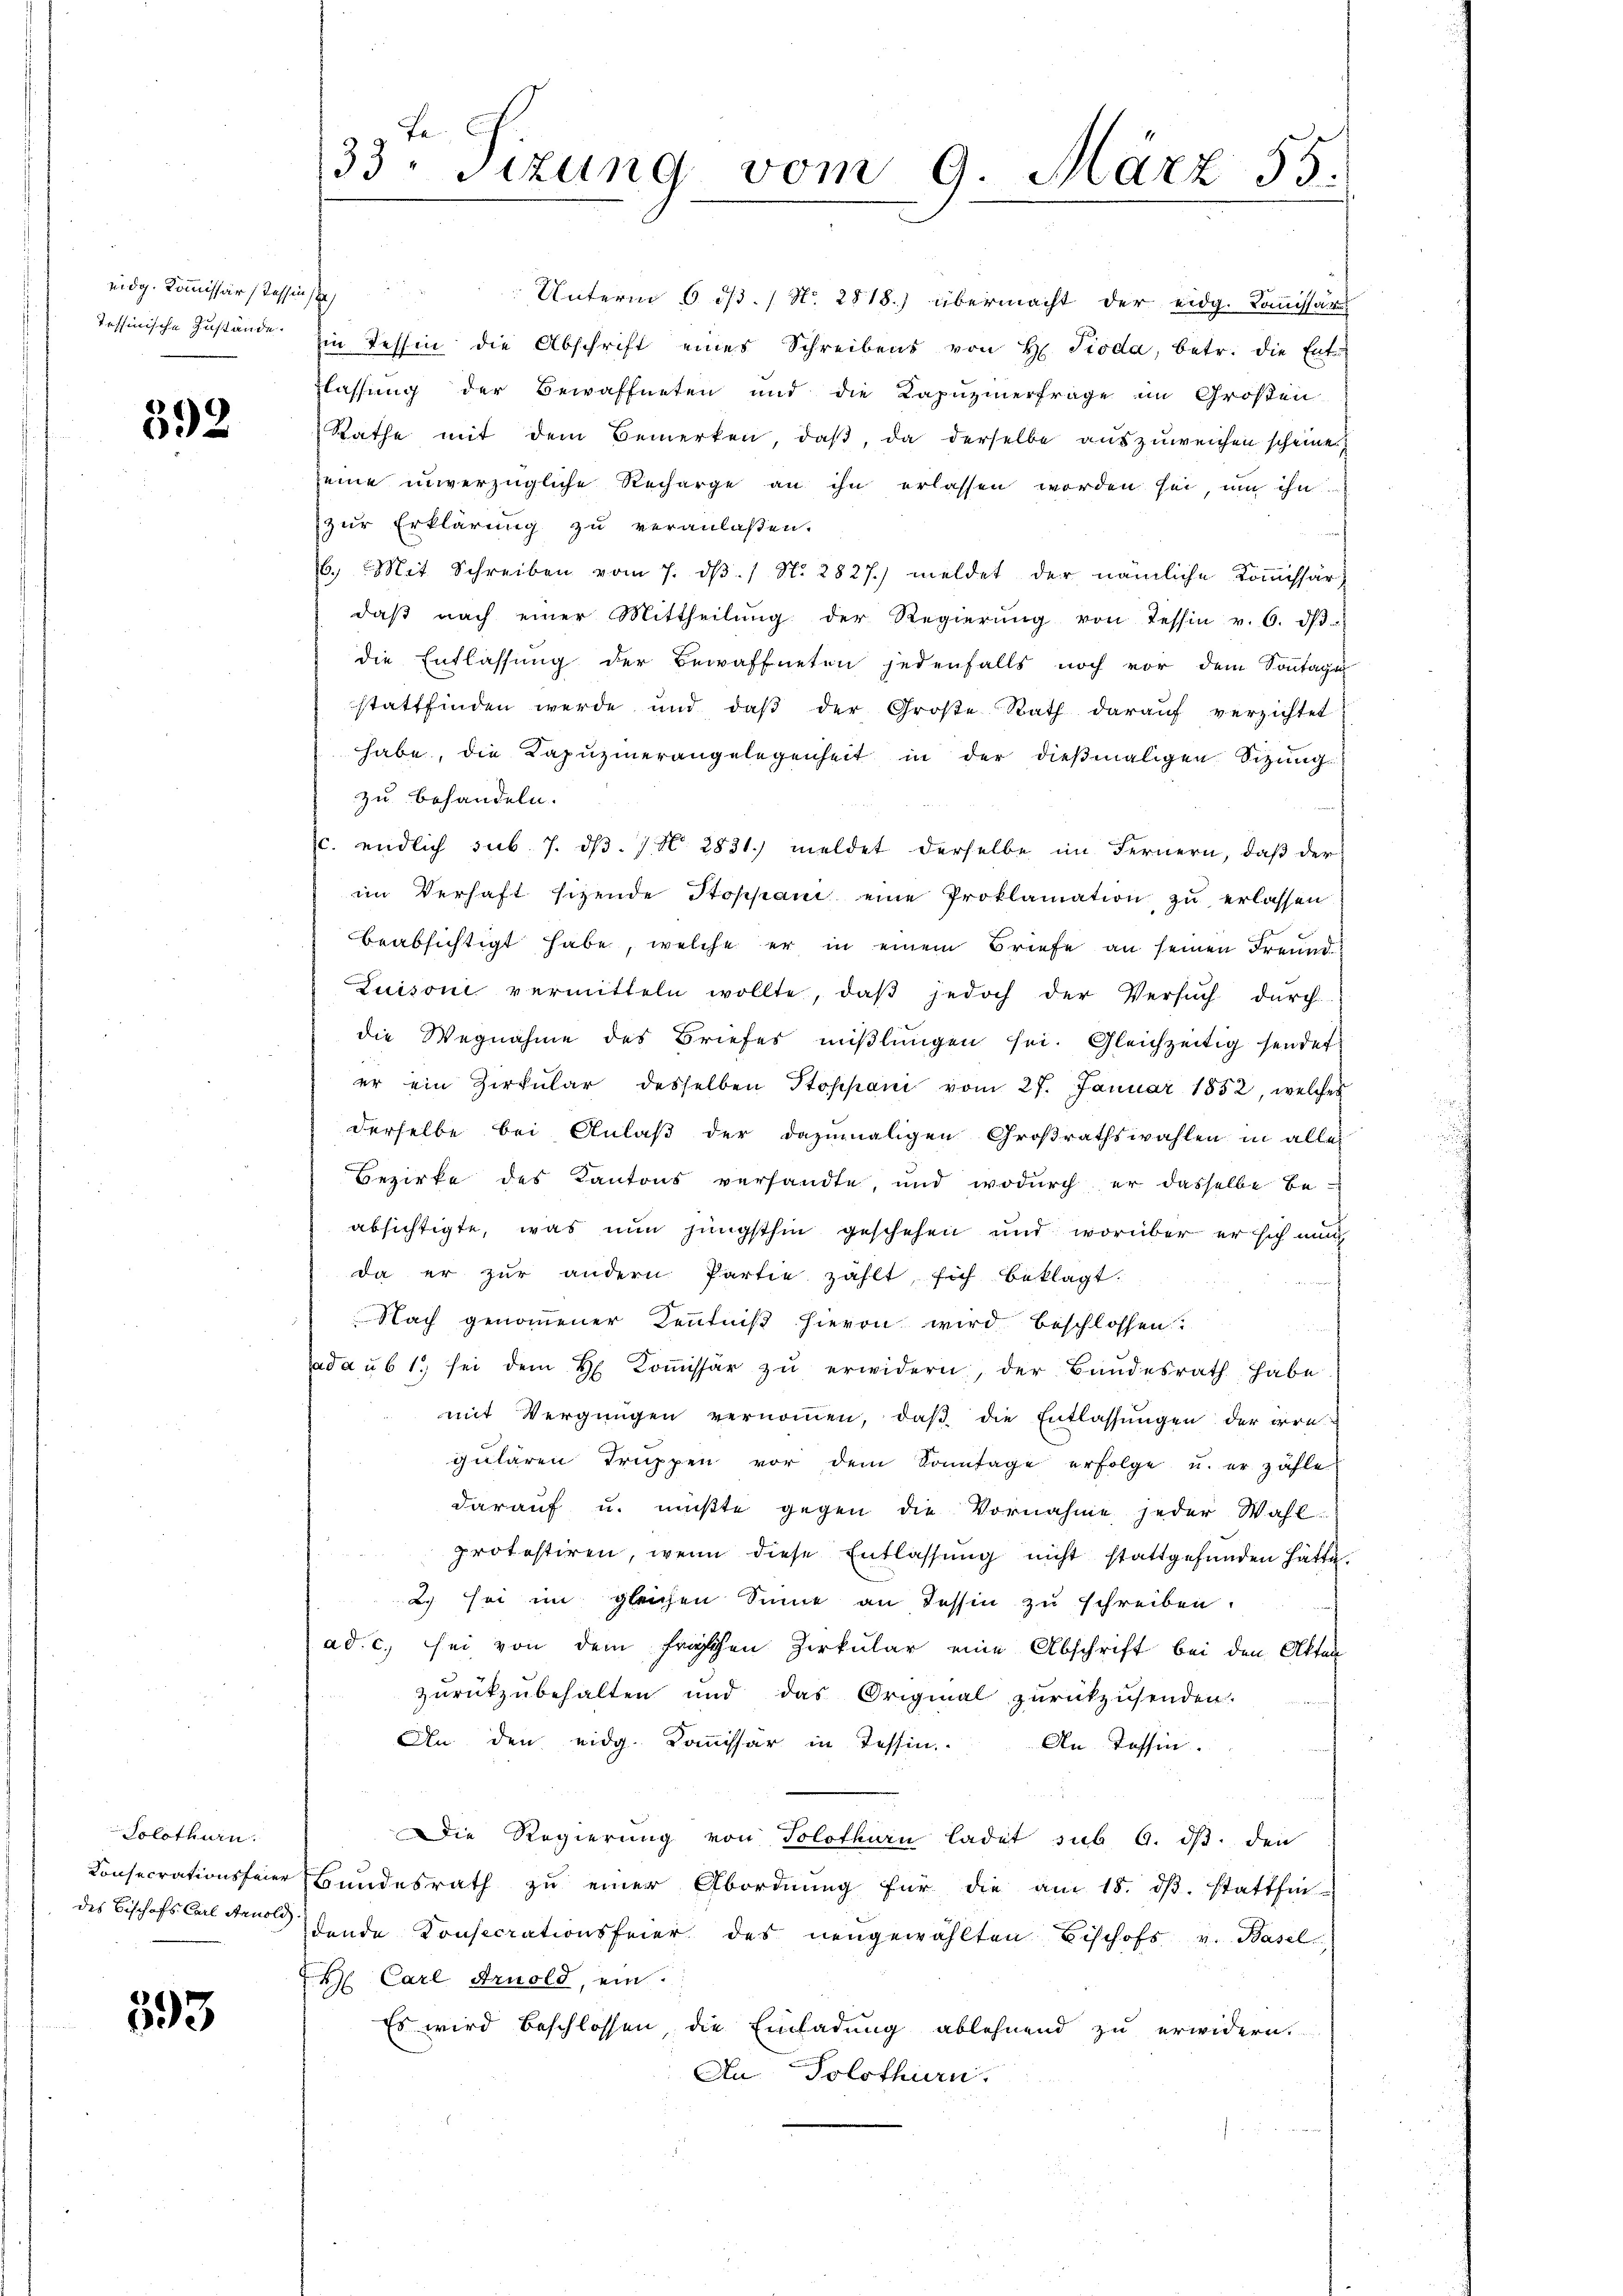
eidg. Kommissär Tessin seh

392

Solothurn.

593

33. sizung vom 9. März 55.

d
Unterm 6 1/3. / N. 2818.) übermacht der eidg. Komissar
Tessinische Zustande Ein Tessin die Abschrift eines Schreibens von H. Pioda, betr. die Ent-
flassung der Bewaffneten und die Kapuzinerfrage im Großen
Rathe mit dem Bemerken, daβ, da derselbe auszuweichen scheine,
seine unverzügliche Recharge an ihn erlassen worden sei, um ihn
zur Erklärung zu veranlaßen.
6.) Mit Schreiben vom 7. dβ. / N. 2827.) meldet der nämliche Kommissär
daβ nach einer Mittheilŭng der Regierŭng von Tessin v. 6. dβ
die Entlassung der Bewaffneten jedenfalls noch vor dem Sonntagen
stattfinden werde und daß der Große Rath darauf verzichtet
habe, die Kapŭzinerangelegenheit in der dieβmaligen Sizŭng
zu behandeln.
c. endlich sub. 7. dβ. 7. N. 2831) meldet derselbe im Fernern, daβ der
im Verhaft sitzende Stoppani eine Proklamation zu erlassen
beabsichtigt habe, welche er in einem Briefe an seinen Freund¬
Zuisoni vermitteln wollte, daβ jedoch der Versŭch durch
die Wegnahme des Briefes mißlungen sei. Gleichzeitig sendet
er ein Zirkular desselben Stoppani vom 27. Januar 1852, welches
derselbe bei Anlaß der dazumaligen Großrathswahlen in aller
Bezirke des Kantons versandte, und wodurch er dasselbe beabsichtigte, was nun jüngsthin geschehen und worüber er sich mun
da er zŭr andern Partie zahlt sich beklagt.
Nach genommener Kenntniß hievon wird beschlossen?
ada ub 1. sei dem H. Koṁissär zŭ erwidern, der Bundesrath habe.
mit Vergnügen vernommen, daß die Entlassungen der irre
pulären Truppen vor dem Sonntage erfolge u. er zähle
darauf u. müßte gegen die Vornahme jeder Wahl-
protestiren, wenn diese Entlassung nicht stattgefunden hätte.
2) sei im gleichen Sinne an Tessin zu schreiben.
ad. c. sei von dem fraschen Zirkular eine Abschrift bei den Akten
zurückzubehalten und das Original zurückzusenden.
An den eidg. Kommissär in Tessin. An Tessin.
Die Regierung von Solothurn ladet sub 6. ds. den
Consecrationsfeier Bundesrath zu einer Abordnung für die am 18. ds. stattfin-
des Bischofs Carl Standende Konsecrationsfeier des neugewählten Bischofs v. Basel-
H Carl Arnold, ein.
Es wird beschlossen, die Einladung ablehnend zu erwidern.
An Solothurn.